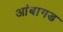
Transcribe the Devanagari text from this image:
आंबागड